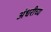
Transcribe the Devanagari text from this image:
अंधरीच्य